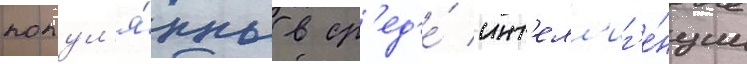
попул'я́рны в ср'ед'е́ инт'елл'иг'е́нции